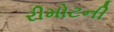
રીમોટની